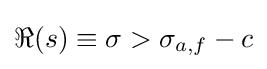
\Re (s)\equiv \sigma >\sigma _{a,f}-c